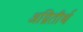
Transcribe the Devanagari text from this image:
अग्नितीर्थ